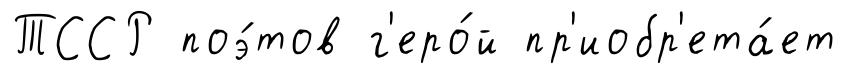
ТССР поэ́тов г'еро́й пр'иобр'ета́ет